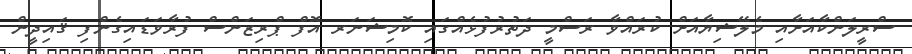
ސްރީލަންކާއަށާއި މެލޭޝިޔާއަށް ކުރައްވާ ރަސްމީ ދަތުރުފުޅެއްގައި ކޮމިޝަނަރ އޮފް ޕްރިޒަންސް ފުރާވަޑައިގެންފި ޤައިދީން